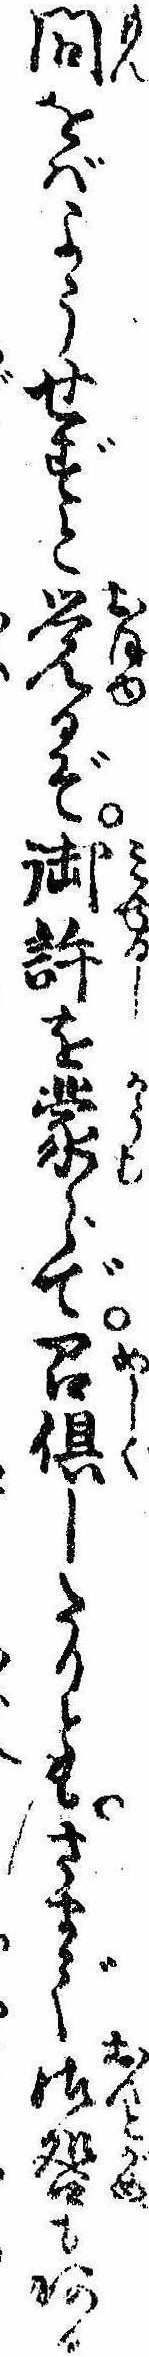
問をばようせずと覚るぞ御許を蒙らで召倶したりともさまで御咎もある